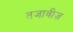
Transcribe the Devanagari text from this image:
तजावीज़